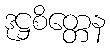
ဒုဋ္ဌစိတ္တေန